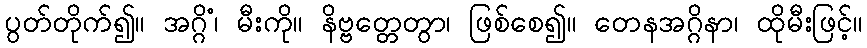
ပွတ်တိုက်၍။ အဂ္ဂိံ၊ မီးကို။ နိဗ္ဗတ္တေတွာ၊ ဖြစ်စေ၍။ တေနအဂ္ဂိနာ၊ ထိုမီးဖြင့်။